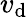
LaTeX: v_{\mathrm{d}}